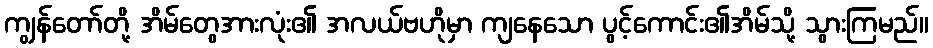
ကျွန်တော်တို့ အိမ်တွေအားလုံး၏ အလယ်ဗဟိုမှာ ကျနေသော ပွင့်ကောင်း၏အိမ်သို့ သွားကြမည်။